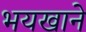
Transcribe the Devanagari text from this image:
भयखाने